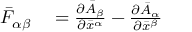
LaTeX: \begin{array} { r l } { { \bar { F } } _ { \alpha \beta } } & { { } = { \frac { \partial { \bar { A } } _ { \beta } } { \partial { \bar { x } } ^ { \alpha } } } - { \frac { \partial { \bar { A } } _ { \alpha } } { \partial { \bar { x } } ^ { \beta } } } } \end{array}